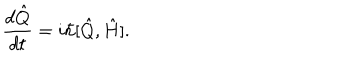
LaTeX: \frac { d \hat { Q } } { d t } = i \hbar [ \hat { Q } , \hat { H } ] .